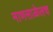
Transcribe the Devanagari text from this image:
माणसाळेलच